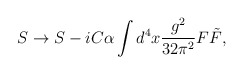
\begin{align*}S \to S - i C \alpha \int d^4x \frac{g^2}{32 \pi^2} F \tilde{F},\end{align*}